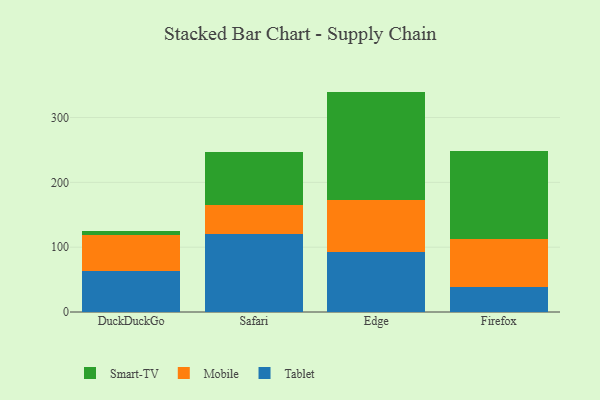
{"axis": {"x": "Browser", "y": "LTV (USD)"}, "legend": ["Mobile", "Smart-TV", "Tablet"], "data": [{"x": "DuckDuckGo", "y": 63.2, "type": "Tablet"}, {"x": "DuckDuckGo", "y": 56.2, "type": "Mobile"}, {"x": "DuckDuckGo", "y": 6.3, "type": "Smart-TV"}, {"x": "Safari", "y": 121.1, "type": "Tablet"}, {"x": "Safari", "y": 43.8, "type": "Mobile"}, {"x": "Safari", "y": 81.6, "type": "Smart-TV"}, {"x": "Edge", "y": 92.2, "type": "Tablet"}, {"x": "Edge", "y": 80.8, "type": "Mobile"}, {"x": "Edge", "y": 167.0, "type": "Smart-TV"}, {"x": "Firefox", "y": 38.4, "type": "Tablet"}, {"x": "Firefox", "y": 74.6, "type": "Mobile"}, {"x": "Firefox", "y": 134.7, "type": "Smart-TV"}]}